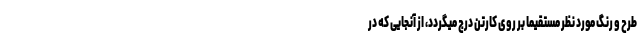
طرح و رنگ مورد نظر مستقیما بر روی کارتن درج میگردد، از آنجایی که در